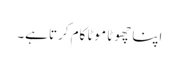
اپنا چھوٹا موٹا کام کرتا ہے۔